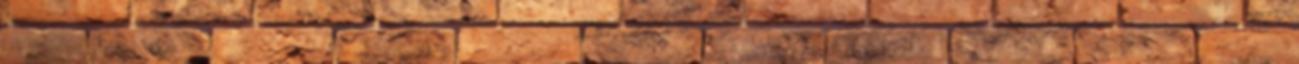
"papírkeresgetéssel, nyomtatóval való pöcsöléssel" együtt. persze ha itt is